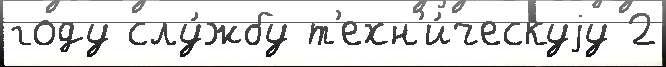
году слу́жбу т'ехн'и́ческуjу 2